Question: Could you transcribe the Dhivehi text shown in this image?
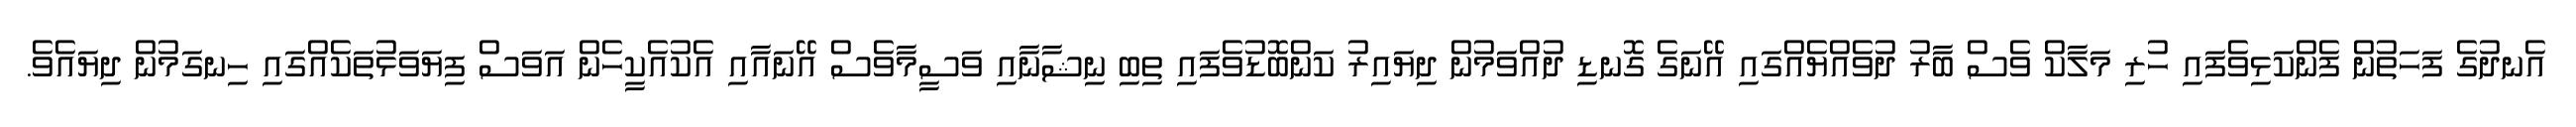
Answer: އެނދުގެ ފަހަތުން ފެންކަޅިވެފައި ހުރި މަލާކް ވެސް ބާރު ދުވެއްޔެއްގައި އޭނަގެ ގޮނޑި ދުއްވަމުން ދިޔައިރު ކަންބޮޑުވެފައި ތިބި ނިޝާނާއި ވަސީމާވެސް އޭނައާއި އެކުއެކީހެން އަވަސް ފިޔަވަޅުތަކެއްގައި ހިނގަމުން ދިޔައެވެ.